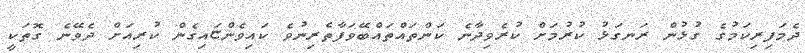
ދެމަފިރިކަމުގެ ގުޅުން ރަނގަޅު ކުރުމަށް ކުރެވިދާނެ ކަންތައްތައްބޭވަފާތެރިނުވެ ކައިވެންޏައިގެން ކުރިއަށް ދެވޭނެ ގޮތަކީ